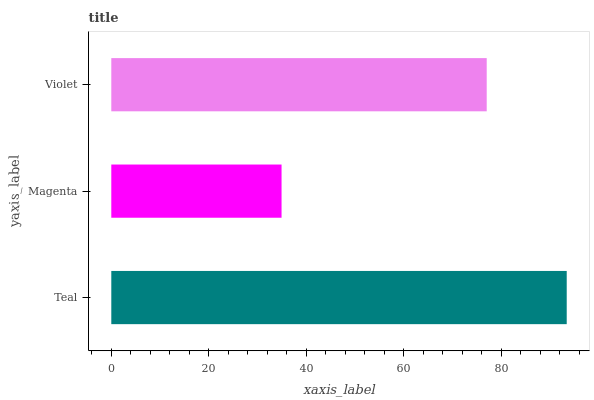
| yaxis_label | bars |
 | --- | --- |
 | Teal | 93.4 |
 | Magenta | 34.9 |
 | Violet | 77 |